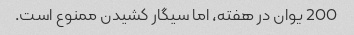
200 یوان در هفته، اما سیگار کشیدن ممنوع است.